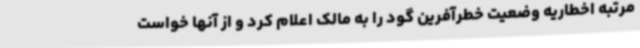
مرتبه اخطاریه وضعیت خطرآفرین گود را به مالک اعلام کرد و از آنها خواست